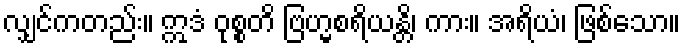
လျှင်ကတည်း။ ဣဒံ ဝုစ္စတိ ဗြဟ္မစရိယန္တိ၊ ကား။ အရိယံ၊ ဖြစ်သော။